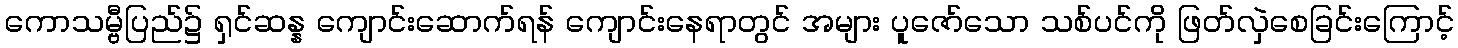
ကောသမ္ဗီပြည်၌ ရှင်ဆန္န ကျောင်းဆောက်ရန် ကျောင်းနေရာတွင် အများ ပူဇော်သော သစ်ပင်ကို ဖြတ်လှဲစေခြင်းကြောင့်